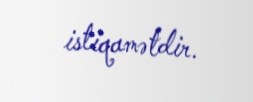
istiqamətdir.